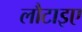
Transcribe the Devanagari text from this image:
लौटाइए